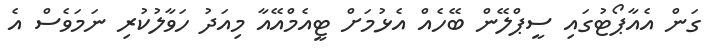
ގަން އެއާޕޯޓުގައި ސީޕްލޭން ބޭހެއް އެޅުމަށް ޓީއެމްއޭއާ މިއަދު ހަވާލުކުރި ނަމަވެސް އެ